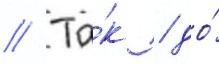
// Та́к / до́